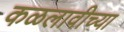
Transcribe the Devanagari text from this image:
कळलावीच्या